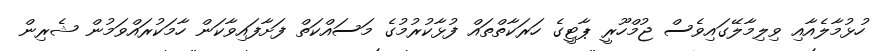
ހުޅުމާލެއާއި ވިލިމާލޭގައިވެސް ޖުމްހޫރީ ޕާޓީގެ ހަރަކާތްތައް ފުޅާކުރުމުގެ މަސައްކަތް ފަށާފައިވާކަން ހާމަކުރައްވަމުން ޝެރިން